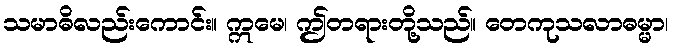
သမာဓိလည်းကောင်း။ ဣမေ၊ ဤတရားတို့သည်။ တေကုသလာဓမ္မာ၊